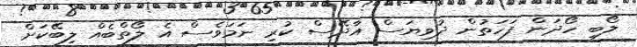
ލޯބި ހޯދަން ފަހަތުން ދުވިޔަސް އާދޭސް ކުރި ނަމަވެސް އެ ލޯތްބެއް ލިބޭކަށް